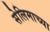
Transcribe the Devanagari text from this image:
सेलिमाच्या